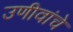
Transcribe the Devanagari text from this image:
उणीवांचे